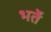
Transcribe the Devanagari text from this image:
भर्ते